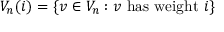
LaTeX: V _ { n } ( i ) = \{ v \in V _ { n } : v { \mathrm { ~ h a s ~ w e i g h t ~ } } i \}